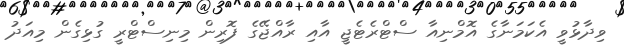
ވިދާޅުވީ އެކަމަނާގެ އޮމްނިއާ ސްޓްރެޓެޖީ އާއި ރާއްޖޭގެ ފޮރިން މިނިސްޓްރީ ގުޅިގެން މިއަދު